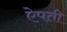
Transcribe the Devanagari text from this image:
ऐपती